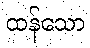
ထန်သော